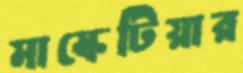
মাস্কেটিয়ার